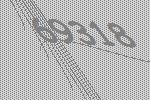
69318